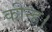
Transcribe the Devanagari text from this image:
कीन्‍ह।